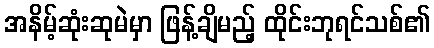
အနိမ့်ဆုံးဆုမဲမှာ ဖြန့်ချိမည့် ထိုင်းဘုရင်သစ်၏